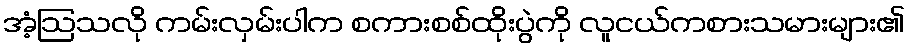
အံ့ဩသလို ကမ်းလှမ်းပါက စကားစစ်ထိုးပွဲကို လူငယ်ကစားသမားများ၏